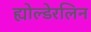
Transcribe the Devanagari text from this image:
ह्योल्डेरलिन